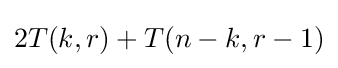
2T(k,r)+T(n-k,r-1)